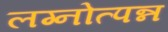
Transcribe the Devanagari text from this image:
लग्नोत्पन्न